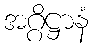
အဂ္ဂိဋ္ဌာနံ